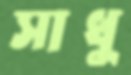
সাধু